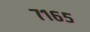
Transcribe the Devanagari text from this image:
७१६५